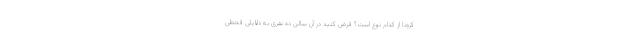
کرونا از کدام نوع است؟ فرض کنید در آن سالن ده نفری به دلایلی قحطی